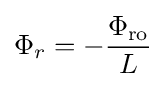
\Phi _{r}=-{\frac {\Phi _{\mathrm {ro} }}{L}}